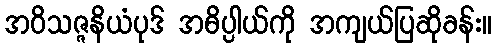
အဝိသဇ္ဇနိယံပုဒ် အဓိပ္ပါယ်ကို အကျယ်ပြဆိုခန်း။